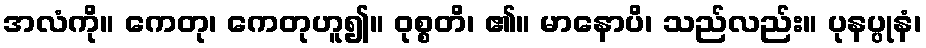
အလံကို။ ကေတု၊ ကေတုဟူ၍။ ဝုစ္စတိ၊ ၏။ မာနောပိ၊ သည်လည်း။ ပုနပ္ပုနံ၊